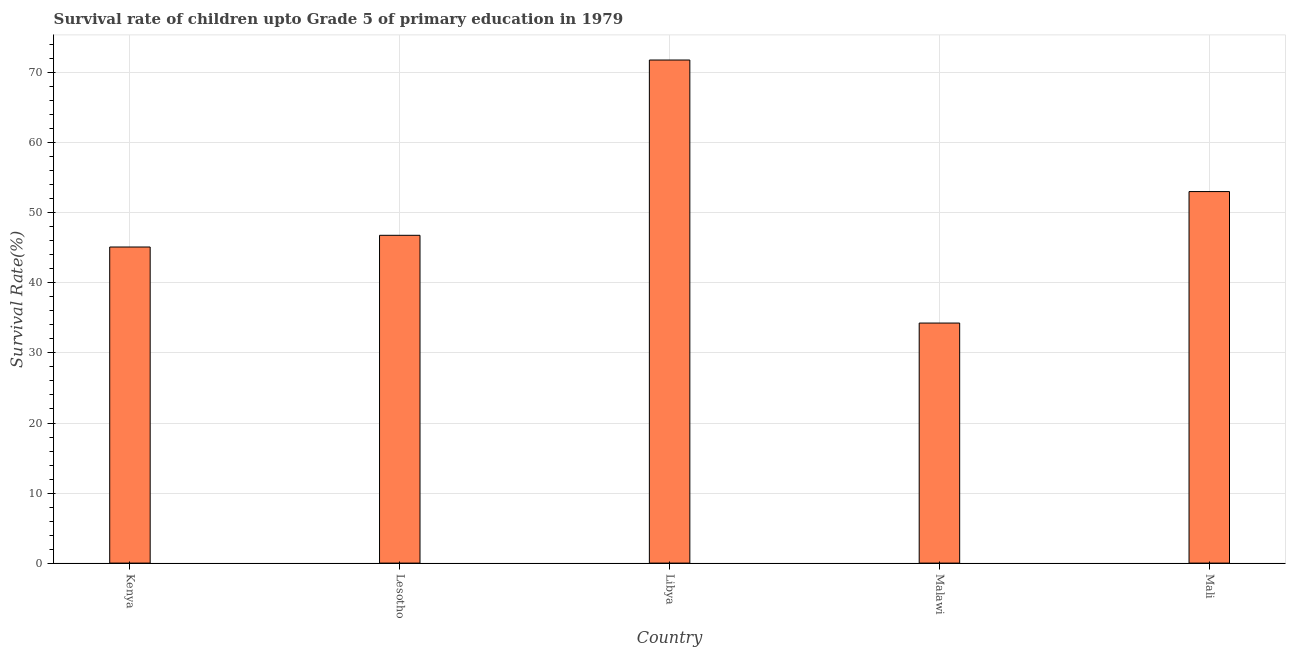
| Country | Survival rate |
 | --- | --- |
 | Kenya | 45.1 |
 | Lesotho | 46.8 |
 | Libya | 71.8 |
 | Malawi | 34.3 |
 | Mali | 53 |